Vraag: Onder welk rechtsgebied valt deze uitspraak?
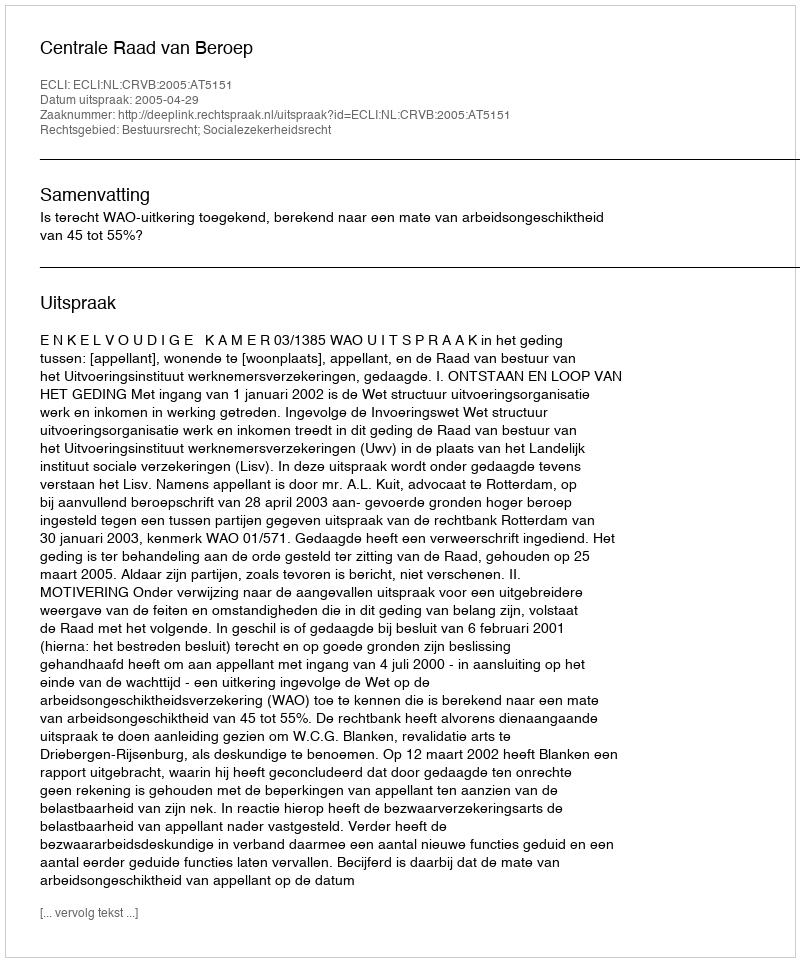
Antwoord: Bestuursrecht; Socialezekerheidsrecht